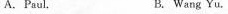
A.Paul. B. Wang Yu.